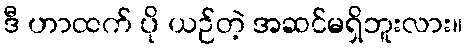
ဒီ ဟာထက် ပို ယဉ်တဲ့ အဆင်မရှိဘူးလား။